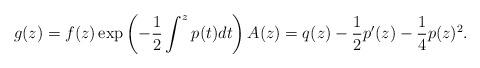
LaTeX: \begin{align*}g(z)=f(z) \exp\left( -\frac{1}{2} \int^z p(t)dt \right)A(z)= q(z) - \frac{1}{2} p'(z) -\frac{1}{4} p(z)^2.\end{align*}